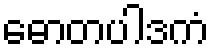
ဓောတပါဒကံ